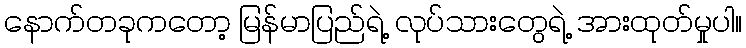
နောက်တခုကတော့ မြန်မာပြည်ရဲ့ လုပ်သားတွေရဲ့ အားထုတ်မှုပါ။